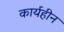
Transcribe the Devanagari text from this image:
कार्यहीन